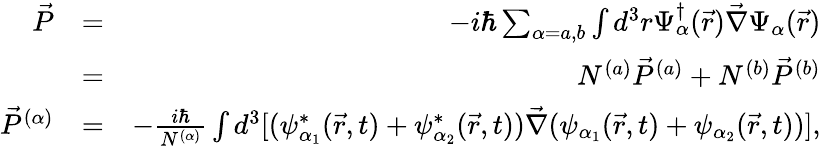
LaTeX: \begin{array}{rlr}{\vec{P}}&{=}&{-i\hbar\sum_{\alpha=a,b}\int d^{3}r\Psi_{\alpha}^{\dagger}(\vec{r})\vec{\nabla}\Psi_{\alpha}(\vec{r})}\\ &{=}&{N^{(a)}\vec{P}^{(a)}+N^{(b)}\vec{P}^{(b)}}\\ {\vec{P}^{(\alpha)}}&{=}&{-\frac{i\hbar}{N^{(\alpha)}}\int d^{3}[(\psi_{\alpha_{1}}^{*}(\vec{r},t)+\psi_{\alpha_{2}}^{*}(\vec{r},t))\vec{\nabla}(\psi_{\alpha_{1}}(\vec{r},t)+\psi_{\alpha_{2}}(\vec{r},t))],}\end{array}